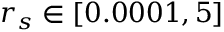
r _ { s } \in [ 0 . 0 0 0 1 , 5 ]